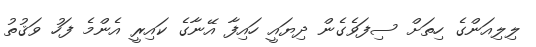
ލިލިއަންގެ ހިތަށް ސިފަވެގެން ދިޔައީ ހައިފާ އޭނާގެ ކައިރީ އެންމެ ފަހު ވަޤުތު